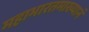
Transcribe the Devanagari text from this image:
महाभारतमाख्यानं